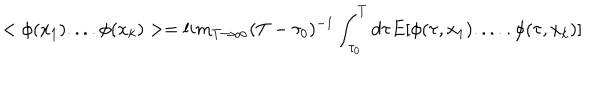
LaTeX: < \phi ( x _ { 1 } ) . . . . \phi ( x _ { k } ) > = l i m _ { T \rightarrow \infty } ( T - \tau _ { 0 } ) ^ { - 1 } \int _ { \tau _ { 0 } } ^ { T } d \tau E [ \phi ( \tau , x _ { 1 } ) . . . . . \phi ( \tau , x _ { k } ) ]